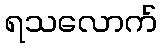
ရသလောက်